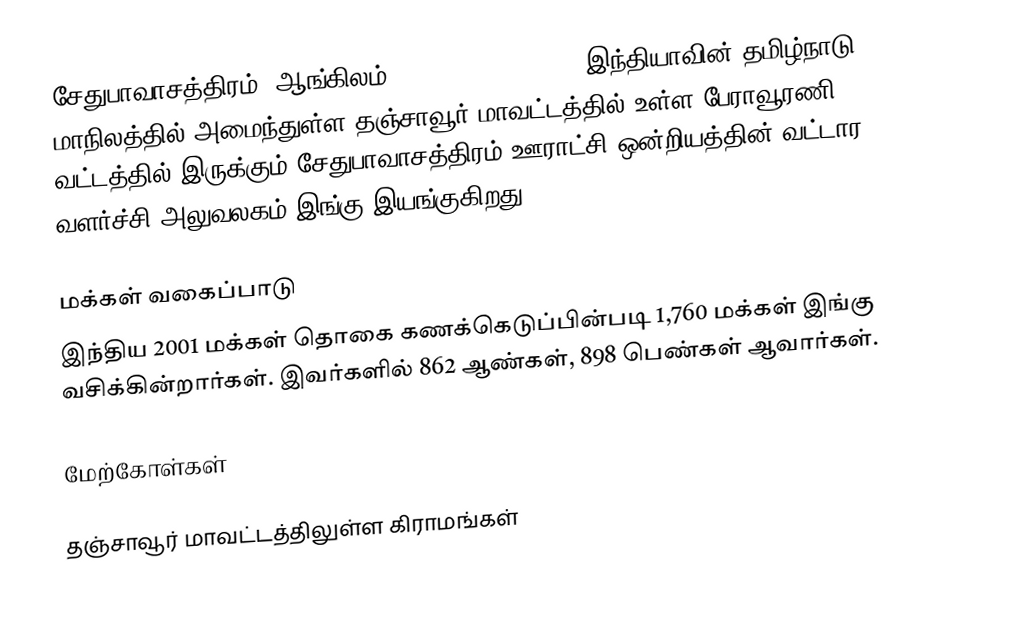
சேதுபாவாசத்திரம் (ஆங்கிலம்: Sethubavachatram), இந்தியாவின் தமிழ்நாடு மாநிலத்தில் அமைந்துள்ள தஞ்சாவூர் மாவட்டத்தில் உள்ள பேராவூரணி வட்டத்தில் இருக்கும் சேதுபாவாசத்திரம் ஊராட்சி ஒன்றியத்தின் வட்டார வளர்ச்சி அலுவலகம் இங்கு இயங்குகிறது.

மக்கள் வகைப்பாடு
இந்திய 2001 மக்கள் தொகை கணக்கெடுப்பின்படி 1,760 மக்கள் இங்கு வசிக்கின்றார்கள். இவர்களில் 862 ஆண்கள், 898 பெண்கள் ஆவார்கள்.

மேற்கோள்கள்

தஞ்சாவூர் மாவட்டத்திலுள்ள கிராமங்கள்